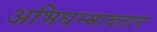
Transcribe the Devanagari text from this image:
अभिधम्मावतार